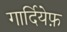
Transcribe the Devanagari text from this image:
गार्दियेफ़